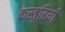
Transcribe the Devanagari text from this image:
कस्तूरियाँ